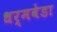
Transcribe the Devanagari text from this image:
धर्मवेडा